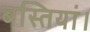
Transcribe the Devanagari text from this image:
बस्तियां।